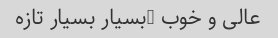
عالی و خوب …بسیار بسیار تازه